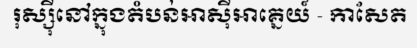
រុស្ស៊ីនៅក្នុងតំបន់អាស៊ីអាគ្នេយ៍ - កាសែត